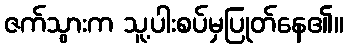
ဇက်သွားက သူ့ပါးစပ်မှပြုတ်နေ၏။